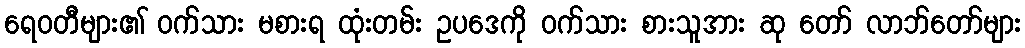
ရေဝတီများ၏ ဝက်သား မစားရ ထုံးတမ်း ဥပဒေကို ဝက်သား စားသူအား ဆု တော် လာဘ်တော်များ